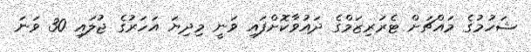
ޝަހުމުގެ މައްޗަށް ޓެރަރިޒަމްގެ ދައުވާކޮށްފައި ވަނީ މިދިޔަ އަހަރުގެ ޖުލައި 30 ވަނަ